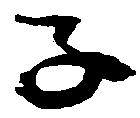
子